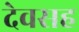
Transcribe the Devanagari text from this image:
देवसह